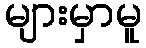
များမှာမူ